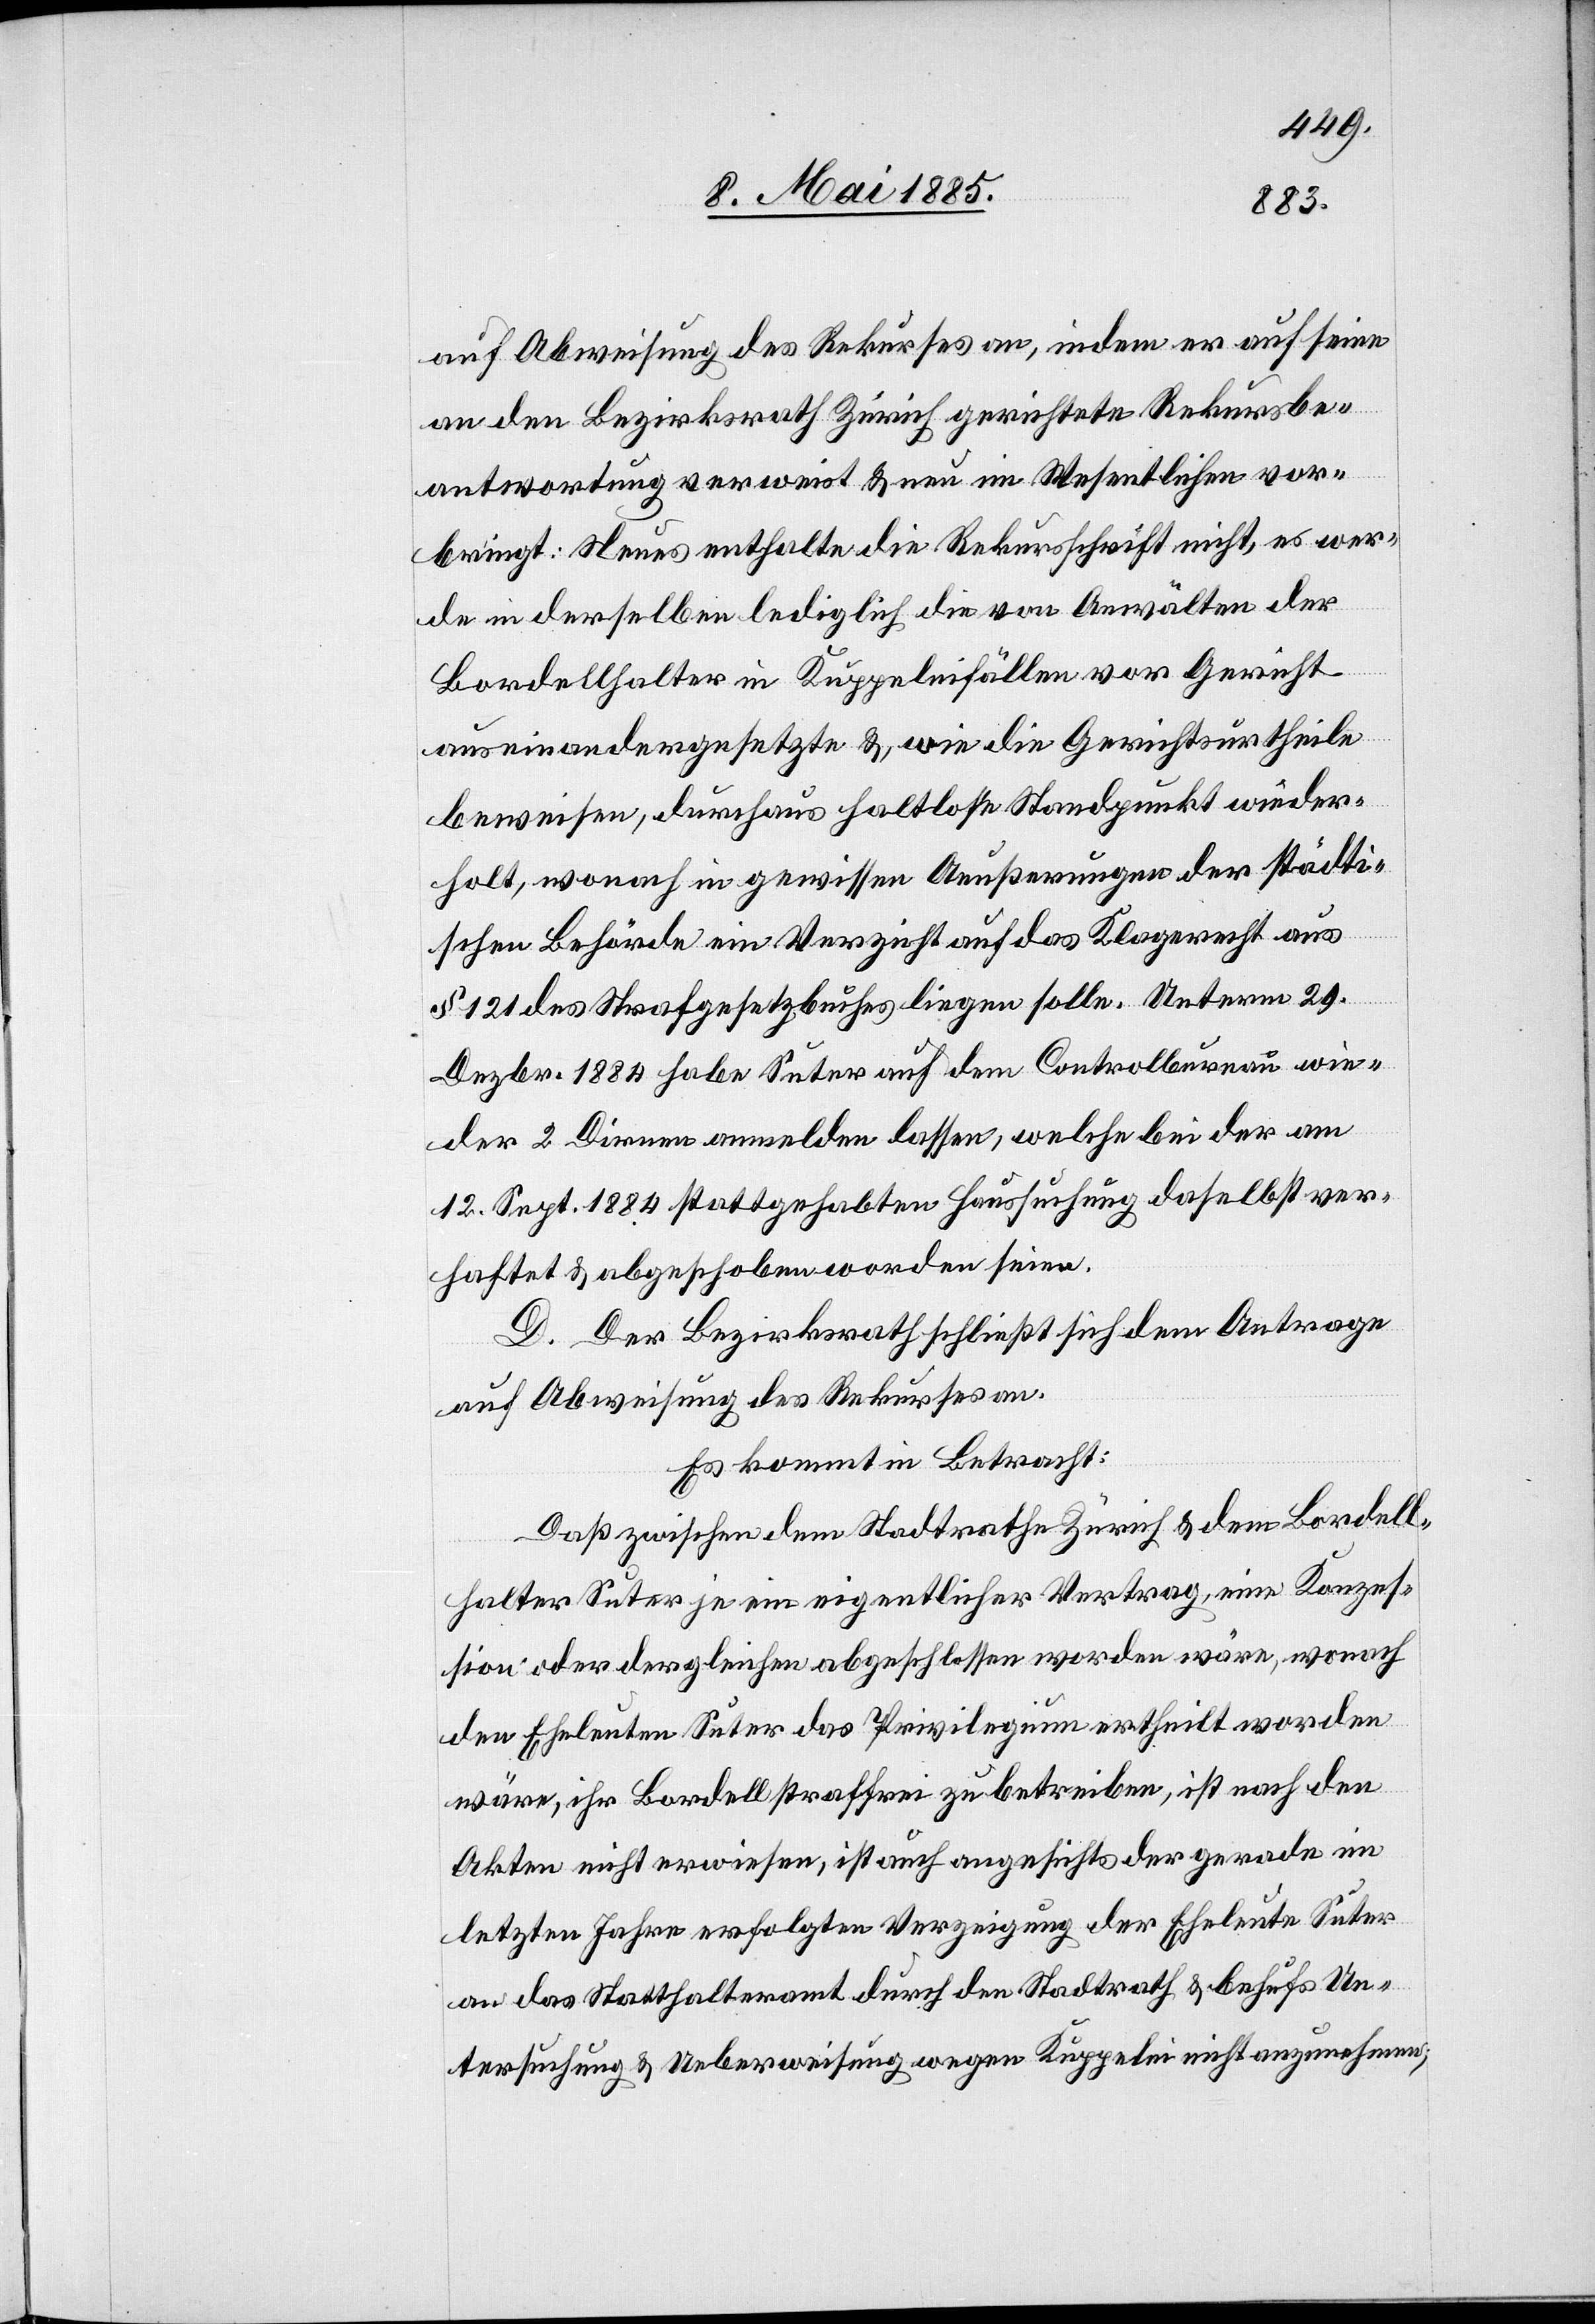
auf Abweisung des Rekurses an, indem er auf seine
an den Bezirksrath Zürich gerichtete Rekursbe¬
antwortung verweist & neu im Wesentlichen vor¬
bringt: Neues enthalte die Rekursschrift nicht, es wer¬
de in derselben lediglich die von Anwälten der
Bordellhalter in Kuppeleifällen vor Gericht
auseinandergesetzte & wie die Gerichtsurtheile
beweisen, durchaus haltlose Standpunkt[e] wieder¬
holt, wonach in gewissen Aeußerungen der städti¬
schen Behörde ein Verzicht auf das Klagerecht aus
§ 121 des Strafgesetzbuches liegen solle. Unterm 29.
Dezbr. 1884 habe Suter auf dem Controllbureau wie¬
der 2 Dirnen anmelden lassen, welche bei der am
12. Sept. 1884 stattgehabten Haussuchung daselbst ver¬
haftet & abgeschoben worden seien.
D. Der Bezirksrath schließt sich dem Antrage
auf Abweisung des Rekurses an.
Es kommt in Betracht:
Daß zwischen dem Stadtrath Zürich & dem Bordell¬
halter Suter je ein eigentlicher Vertrag, eine Konzes¬
sion oder dergleichen abgeschlossen worden wäre, wonach
den Eheleuten Suter das Privilegium ertheilt worden
wäre, ihr Bordell straffrei zu betrieben, ist nach den
Akten nicht erwiesen, ist auch angesichts der gerade im
letzten Jahre erfolgten Verzeigung der Eheleute Suter
an das Statthalteramt durch den Stadtrath & behufs Un¬
tersuchung & Ueberweisung wegen Kuppelei nicht anzunehmen;